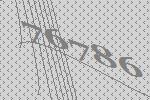
76786